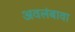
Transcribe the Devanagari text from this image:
अवलंबावा